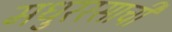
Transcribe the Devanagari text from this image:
मधुररसाची